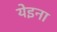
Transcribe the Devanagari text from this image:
येइना